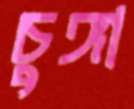
চুঙ্গা